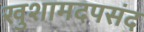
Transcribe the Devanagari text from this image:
खुशामदपसंद